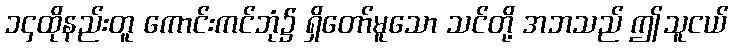
၁၄ထိုနည်းတူ ကောင်းကင်ဘုံ၌ ရှိတော်မူသော သင်တို့ အဘသည် ဤသူငယ်